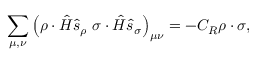
\sum _ { \mu , \nu } \left( \rho \cdot \hat { H } \hat { s } _ { \rho } \ \sigma \cdot \hat { H } \hat { s } _ { \sigma } \right) _ { \mu \nu } = - C _ { \cal R } \rho \cdot \sigma ,